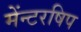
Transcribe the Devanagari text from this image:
मेंन्टरषिप